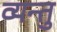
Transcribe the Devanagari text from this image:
व्यन्तु